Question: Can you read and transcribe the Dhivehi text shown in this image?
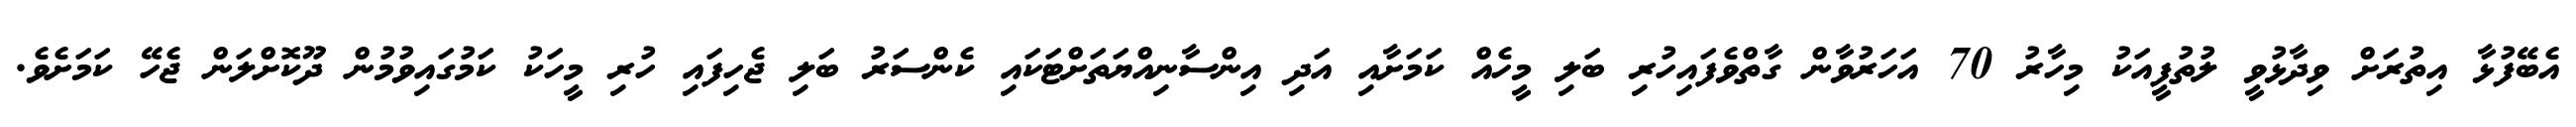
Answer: އެބޭފުޅާ އިތުރަށް ވިދާޅުވީ ލުތުފީއަކު މިހާރު 70 އަހަރުވާން ގާތްވެފައިހުރި ބަލި މީހެއް ކަމަށާއި އަދި އިންސާނިއްޔަތަށްޓަކައި ކެންސަރު ބަލި ޖެހިފައި ހުރި މީހަކު ކަމުގައިވުމުން ދޫކޮށްލަން ޖެހޭ ކަމަށެވެ.